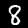
Digit: 8